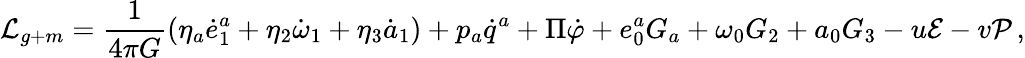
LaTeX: {\cal L}_{g+m}=\frac{1}{4\pi G}\left(\eta_{a}\dot{e}_{1}^{a}+\eta_{2}\dot{\omega}_{1}+\eta_{3}\dot{a}_{1}\right)+p_{a}\dot{q}^{a}+\Pi\dot{\varphi}+e_{0}^{a}G_{a}+\omega_{0}G_{2}+a_{0}G_{3}-u{\cal E}-v{\cal P}\, ,